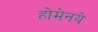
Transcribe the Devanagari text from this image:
होमेनये